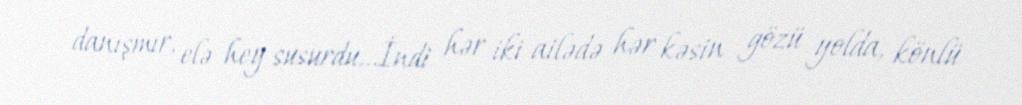
danışmır, elə hey susurdu...İndi hər iki ailədə hər kəsin gözü yolda, könlü